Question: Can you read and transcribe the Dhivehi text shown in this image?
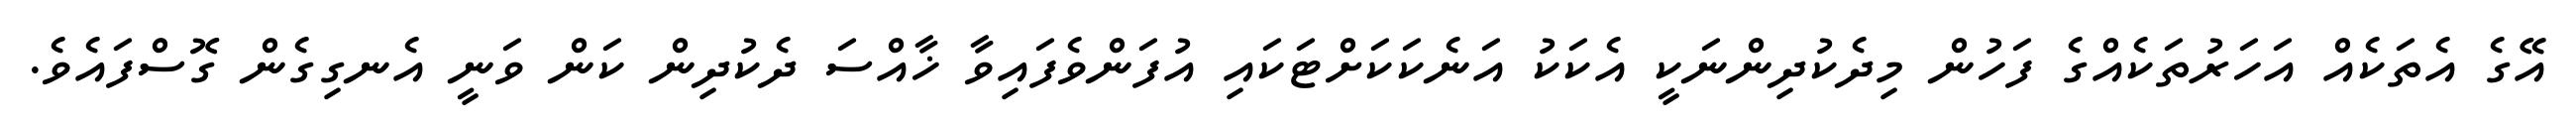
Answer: އޭގެ އެތަކެއް އަހަރުތަކެއްގެ ފަހުން މިދެކުދިންނަކީ އެކަކު އަނެކަކަށްޓަކައި އުފަންވެފައިވާ ޚާއްސަ ދެކުދިން ކަން ވަނީ އެނގިގެން ގޮސްފައެވެ.